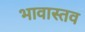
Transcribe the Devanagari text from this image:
भावास्तव